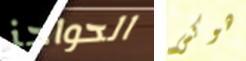
الحواجز هوكس